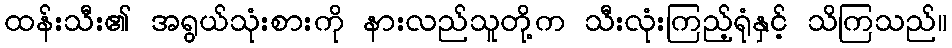
ထန်းသီး၏ အရွယ်သုံးစားကို နားလည်သူတို့က သီးလုံးကြည့်ရုံနှင့် သိကြသည်။